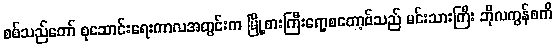
စစ်သည်တော် စုဆောင်းရေးကာလအတွင်းက မြို့စားကြီးရော့စတော့ဗ်သည် မင်းသားကြီး ဘိုလကွန်စကီ